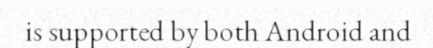
is supported by both Android and